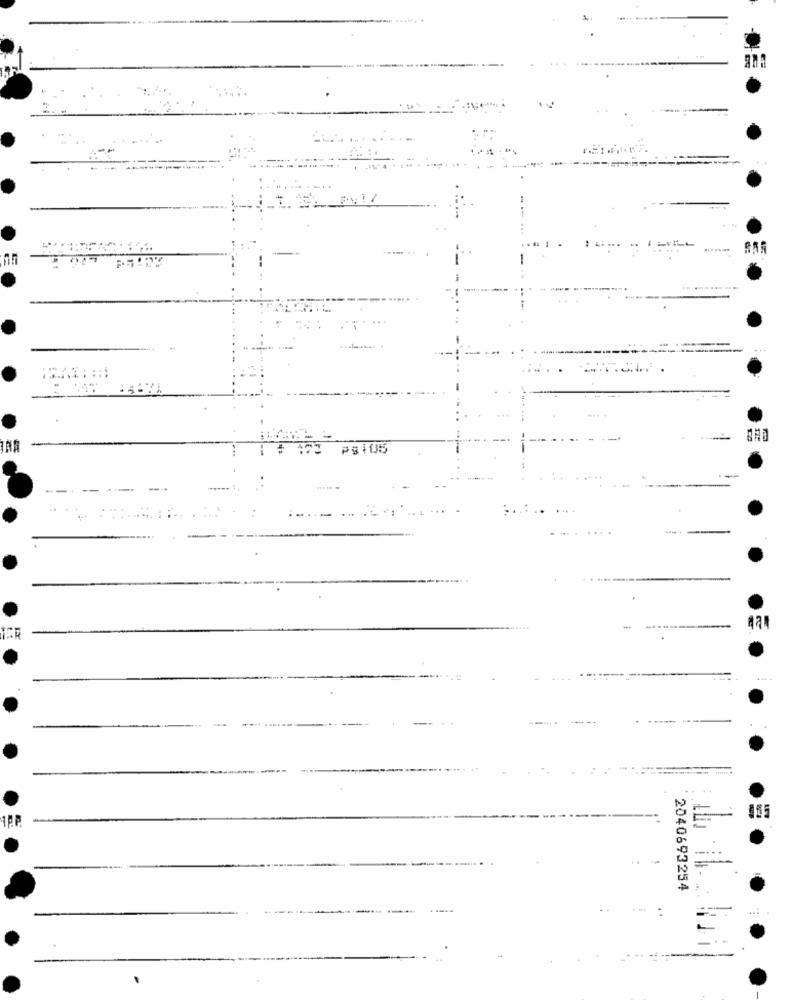
P$105
---
-
----
1P.P.
2040693254